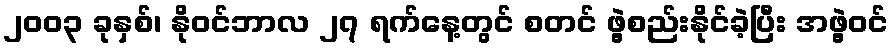
၂၀၀၃ ခုနှစ်၊ နိုဝင်ဘာလ ၂၇ ရက်နေ့တွင် စတင် ဖွဲ့စည်းနိုင်ခဲ့ပြီး အဖွဲ့ဝင်